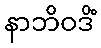
နာဘိဝဒိံ